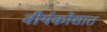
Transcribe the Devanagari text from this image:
वीर्यकोशात